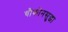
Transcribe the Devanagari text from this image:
चौकोनसुद्धा